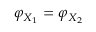
\varphi _ { X _ { 1 } } = \varphi _ { X _ { 2 } }